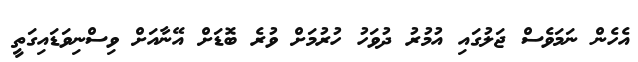
އެހެން ނަމަވެސް ޖަލުގައި އުމުރު ދުވަހު ހުރުމަށް ވުރެ ބޮޑަށް އޭނާއަށް ވިސްނިވަޑައިގަތީ